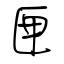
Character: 匣